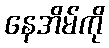
နေအိမ်ကို